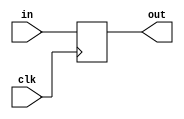
module coreir_reg #(
    parameter width = 1,
    parameter clk_posedge = 1,
    parameter init = 1
) (
    input clk,
    input [width-1:0] in,
    output [width-1:0] out
);
  reg [width-1:0] outReg=init;
  wire real_clk;
  assign real_clk = clk_posedge ? clk : ~clk;
  always @(posedge real_clk) begin
    outReg <= in;
  end
  assign out = outReg;
endmodule

module reg_P_wrapped (
    input [7:0] I,
    input CLK,
    output [7:0] O
);
wire [7:0] reg_P_inst0_out;
coreir_reg #(
    .clk_posedge(1'b1),
    .init(8'h00),
    .width(8)
) reg_P_inst0 (
    .clk(CLK),
    .in(I),
    .out(reg_P_inst0_out)
);
assign O = reg_P_inst0_out;
endmodule